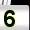
Digit: 5